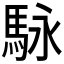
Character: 𲋶